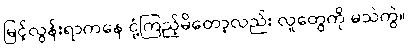
မြင့်လွန်းရာကနေ ငုံ့ကြည့်မိတော့လည်း လူတွေကို မသဲကွဲ။